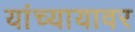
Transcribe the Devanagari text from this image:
यांच्यायावर